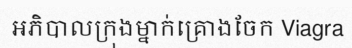
អភិបាលក្រុងម្នាក់គ្រោងចែក Viagra